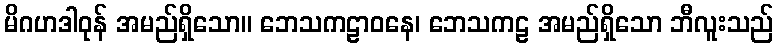
မိဂဟဒါဝုန် အမည်ရှိသော။ ဘေသကဠာဝနေ၊ ဘေသကဠ အမည်ရှိသော ဘီလူးသည်